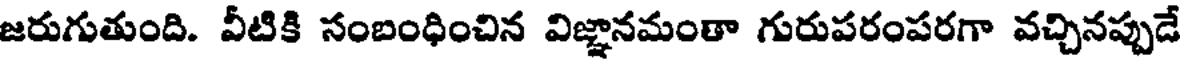
జరుగుతుంది. వీటికి సంబంధించిన విజ్ఞానమంతా గురుపరంపరగా వచ్చినప్పుడే